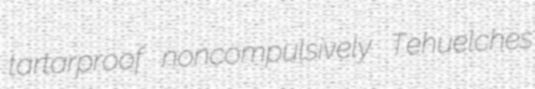
tartarproof noncompulsively Tehuelches